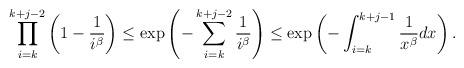
LaTeX: \begin{align*}\prod_{i=k}^{k+j-2}\left(1-\frac{1}{i^\beta}\right)\leq \exp\left(-\sum_{i=k}^{k+j-2}\frac{1}{i^\beta}\right)\le\exp\left(-\int_{i=k}^{k+j-1}\frac{1}{x^\beta}dx\right).\end{align*}